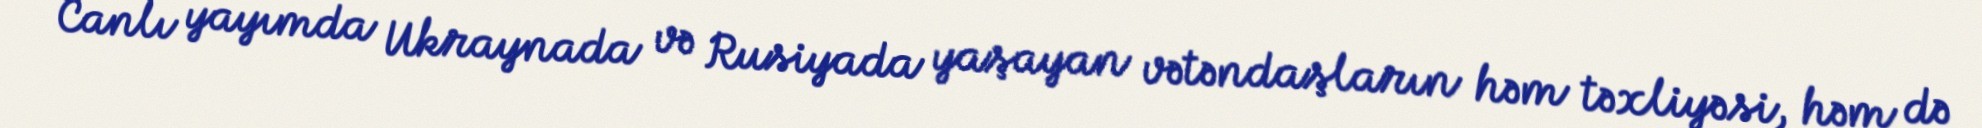
Canlı yayımda Ukraynada və Rusiyada yaşayan vətəndaşların həm təxliyəsi, həm də